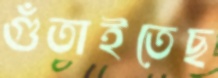
গুঁতাইতেছ